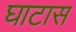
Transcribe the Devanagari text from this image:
घाटास